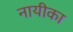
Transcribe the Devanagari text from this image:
नायीका